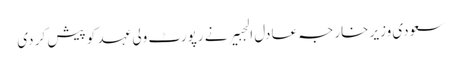
سعودی وزیر خارجہ عادل الجبیر نے رپورٹ ولی عہد کو پیش کر دی